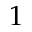
1